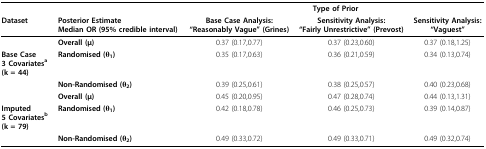
<table><thead><tr><td></td><td></td><td colspan="3"><b>Type of Prior</b></td></tr><tr><td><b>Dataset</b></td><td><b>Posterior EstimateMedian OR (95% credible interval)</b></td><td><b>Base Case Analysis:&quot; Reasonably Vague&quot; (Grines)</b></td><td><b>Sensitivity Analysis:&quot;Fairly Unrestrictive&quot; (Prevost)</b></td><td><b>Sensitivity Analysis:&quot; Vaguest&quot;</b></td></tr></thead><tbody><tr><td></td><td><b>Overall (μ)</b></td><td>0.37 (0.17,0.77)</td><td>0.37 (0.23,0.60)</td><td>0.37 (0.18,1.25)</td></tr><tr><td><b>Base Case </b><b>3 Covariates<sup>a </sup></b><b>(k = 44)</b></td><td><b>Randomised (θ<sub>1</sub>)</b></td><td>0.35 (0.17,0.63)</td><td>0.36 (0.21,0.59)</td><td>0.34 (0.13,0.74)</td></tr><tr><td></td><td><b>Non-Randomised (θ<sub>2</sub>)</b></td><td>0.39 (0.25,0.61)</td><td>0.38 (0.25,0.57)</td><td>0.40 (0.23,0.68)</td></tr><tr><td></td><td><b>Overall (μ)</b></td><td>0.45 (0.20,0.95)</td><td>0.47 (0.28,0.74)</td><td>0.44 (0.13,1.31)</td></tr><tr><td><b>Imputed</b><b>5 Covariates<sup>b </sup></b><b>(k = 79)</b></td><td><b>Randomised (θ<sub>1</sub>)</b></td><td>0.42 (0.18,0.78)</td><td>0.46 (0.25,0.73)</td><td>0.39 (0.14,0.87)</td></tr><tr><td></td><td><b>Non-Randomised (θ<sub>2</sub>)</b></td><td>0.49 (0.33,0.72)</td><td>0.49 (0.33,0.71)</td><td>0.49 (0.32,0.74)</td></tr></tbody></table>